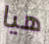
هيا